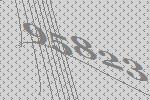
95823